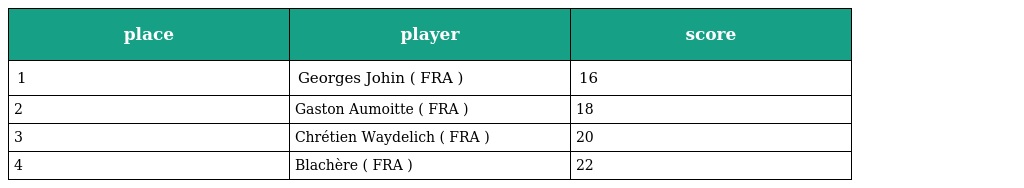
| place | player | score |
 | --- | --- | --- |
 | 1 | Georges Johin ( FRA ) | 16 |
 | 2 | Gaston Aumoitte ( FRA ) | 18 |
 | 3 | Chrétien Waydelich ( FRA ) | 20 |
 | 4 | Blachère ( FRA ) | 22 |